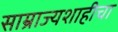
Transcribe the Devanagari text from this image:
साम्राज्यशाहीचा